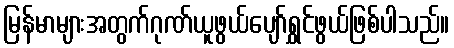
မြန်မာများအတွက်ဂုဏ်ယူဖွယ်ပျော်ရွှင်ဖွယ်ဖြစ်ပါသည်။